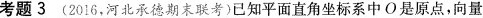
考题3(2016，河北承德期末联考)已知平面直角坐标系中O是原点，向量